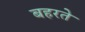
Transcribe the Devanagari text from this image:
बहरते